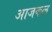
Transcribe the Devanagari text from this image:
अाजकल